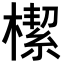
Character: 𣚃